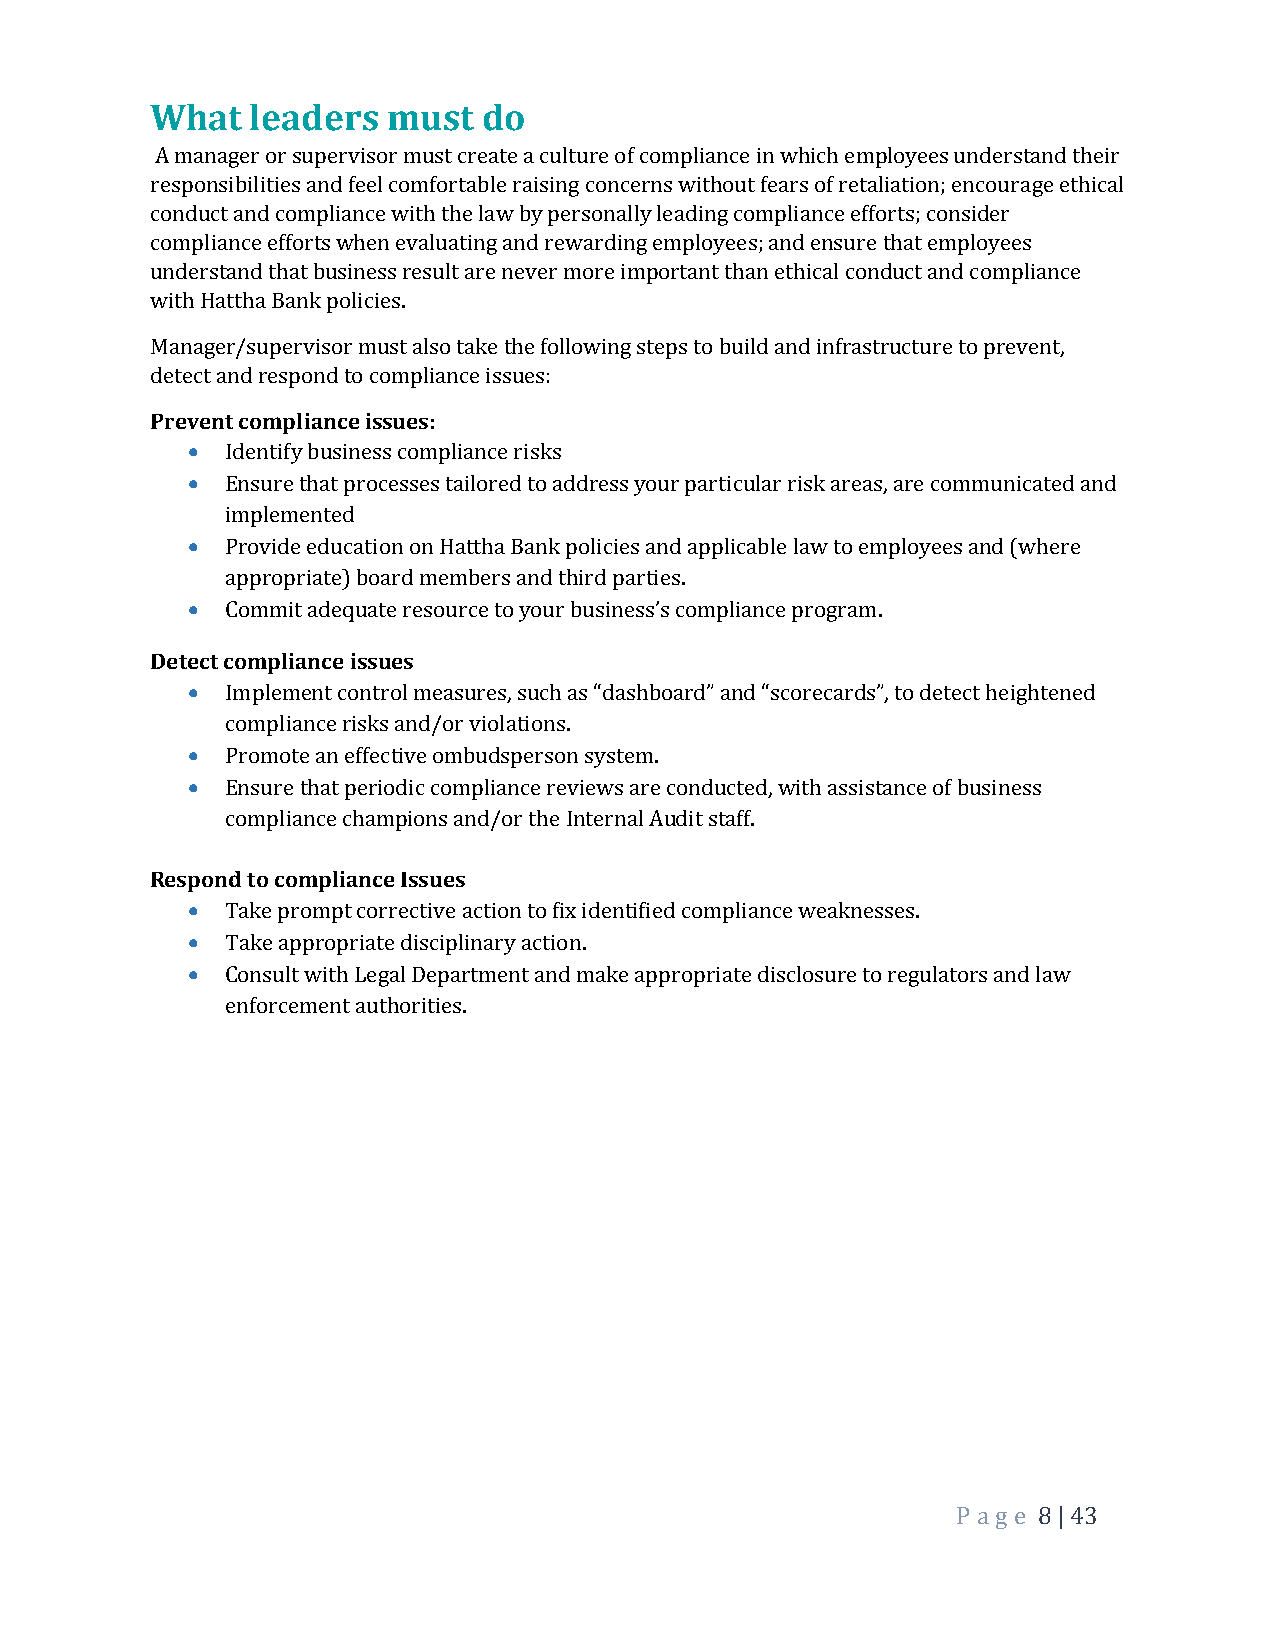
What   leaders  must  do
 A manager or supervisor must create a culture of compliance in which employees understand their
 responsibilities and feel comfortable raising concerns without fears of retaliation; encourage ethical
 conduct and compliance with the law by personally leading compliance efforts; consider
 compliance efforts when evaluating and rewarding employees; and ensure that employees
 understand that business result are never more important than ethical conduct and compliance
 with Hattha Bank policies.
 Manager/supervisor must also take the following steps to build and infrastructure to prevent,
 detect and respond to compliance issues:
 Prevent compliance issues:
 •  Identify business compliance risks
 •  Ensure that processes tailored to address your particular risk areas, are communicated and
 implemented
 •  Provide education on Hattha Bank policies and applicable law to employees and (where
 appropriate) board members and third parties.
 •  Commit adequate resource to your business’s compliance program.
 Detect compliance issues
 •  Implement control measures, such as “dashboard” and “scorecards”, to detect heightened
 compliance risks and/or violations.
 •  Promote an effective ombudsperson system.
 •  Ensure that periodic compliance reviews are conducted, with assistance of business
 compliance champions and/or the Internal Audit staff.
 Respond to compliance Issues
 •  Take prompt corrective action to fix identified compliance weaknesses.
 •  Take appropriate disciplinary action.
 •  Consult with Legal Department and make appropriate disclosure to regulators and law
 enforcement authorities.
 P a ge 8 | 43